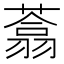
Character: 𰱺